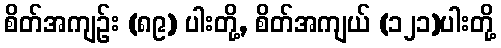
စိတ်အကျဉ်း (၈၉) ပါးတို့, စိတ်အကျယ် (၁၂၁)ပါးတို့